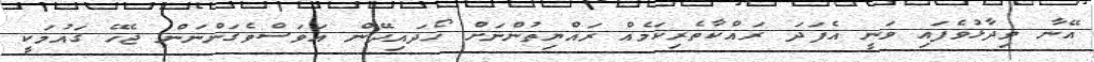
އޭނާ ވިދާޅުވެފައި ވަނީ އެފަދަ ރައްކާތެރިކަމެއް ރައްޔިތުންނަށް ހޯދައިދޭން އަވަސްވެގަންނަން ޖެހޭ ގައުމަކީ